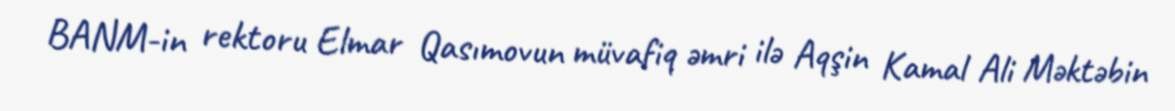
BANM-in rektoru Elmar Qasımovun müvafiq əmri ilə Aqşin Kamal Ali Məktəbin